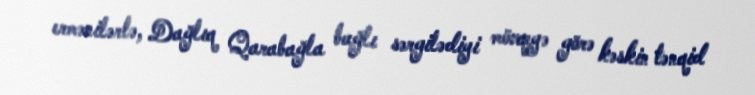
ermənilərlə, Dağlıq Qarabağla bağlı sərgilədiyi mövqeyə görə kəskin tənqid